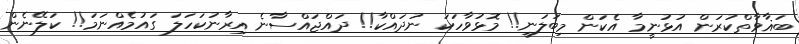
ބަޣާވާތްކުރަން އުޅުނީމާ އެކަން މިބަލަނީ!! މޮޅުވާހަކަ ނުދައްކާ!! ދައްޖައްސާނެ އިރާނުކަހަލަ ގައުމެއްނަމަ!! ކަލޭނެން